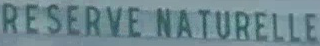
RESERVE NATURELLE